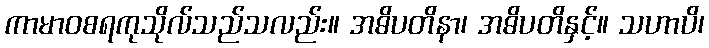
ကာမာဝစရကုသိုလ်သည်သလည်း။ အဓိပတိနာ၊ အဓိပတိနှင့်။ သဟာပိ၊